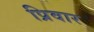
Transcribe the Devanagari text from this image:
प्रिवार